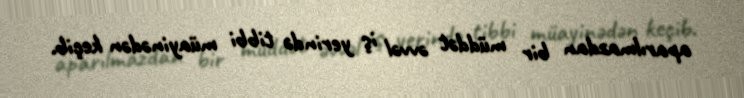
aparılmazdan bir müddət əvvəl iş yerində tibbi müayinədən keçib.